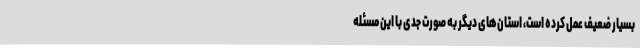
بسیار ضعیف عمل کرده است، استان‌های دیگر به صورت جدی با این مسئله